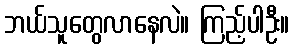
ဘယ်သူတွေလာနေလဲ။ ကြည့်ပါဦး။